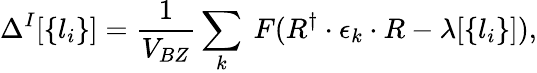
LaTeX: \Delta^{I}[\left\{ l_{i}\right\} ]=\frac{1}{V_{BZ}}\sum_{k}\ F(R^{\dagger}\cdot\epsilon_{k}\cdot R-\lambda[\left\{ l_{i}\right\} ]),